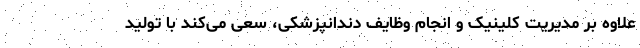
علاوه بر مدیریت کلینیک و انجام وظایف دندانپزشکی، سعی می‌کند با تولید